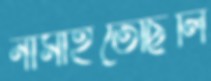
নামাইতেছিলি